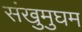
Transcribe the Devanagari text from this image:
संखुमुघम